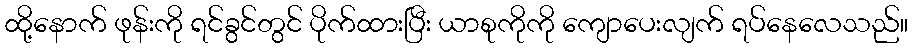
ထို့နောက် ဖုန်းကို ရင်ခွင်တွင် ပိုက်ထားပြီး ယာစုကိုကို ကျောပေးလျက် ရပ်နေလေသည်။